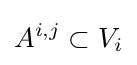
A^{i,j}\subset V_{i}